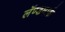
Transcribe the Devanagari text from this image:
लॅण्डमार्क